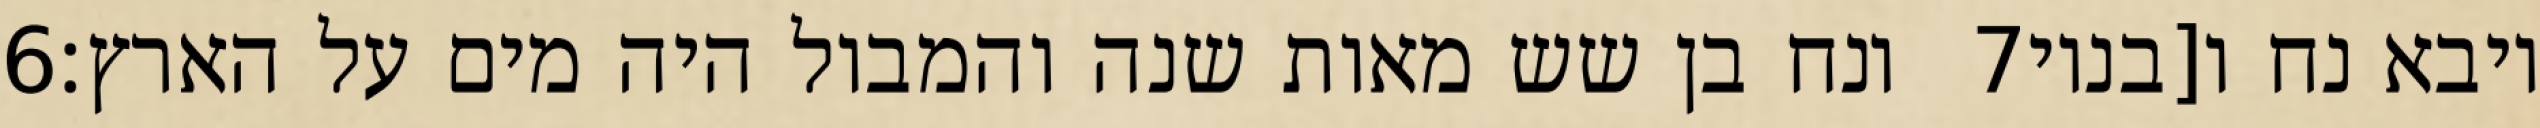
‎6‏ ונח בן שש מאות שנה והמבול היה מים על הארץ׃ ‎7‏ ויבא נח ו[בניו